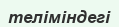
теліміндегі